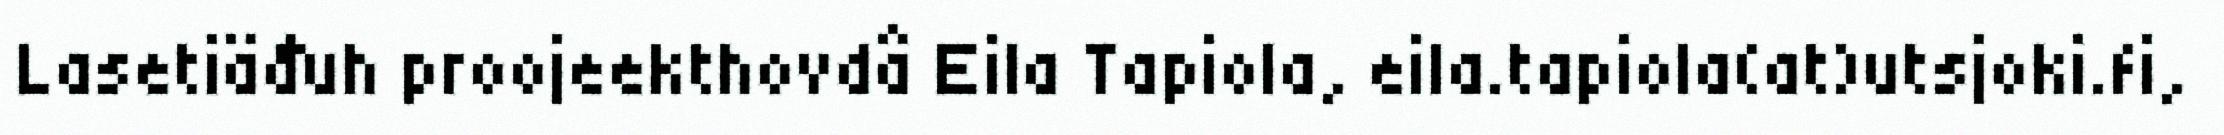
Lasetiäđuh proojeekthovdâ Eila Tapiola, eila.tapiola(at)utsjoki.fi,